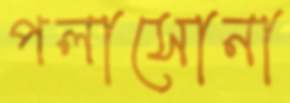
পলাসোনা